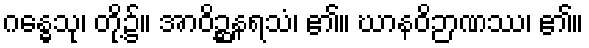
ဂန္ဓေသု၊ တို့၌။ အာဝိဉ္ဆနရသံ၊ ၏။ ဃာနဝိဉာဏဿ၊ ၏။